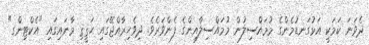
ދެވަނަ ކަމަކީ އަޅުގަނޑުމެންގެ މުމައްސިލުން މުމައްސިލާއިންގެ ފެންވަރެވެ. ދިވެހިރާއްޖޭގައި ޙަޤީޤި މާނައިގައި "އެކްޓިންގ"